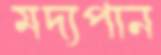
মদ্যপান